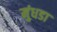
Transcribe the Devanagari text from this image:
मुंधडा